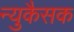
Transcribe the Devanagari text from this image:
न्युकैसक